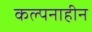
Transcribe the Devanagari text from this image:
कल्पनाहीन